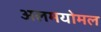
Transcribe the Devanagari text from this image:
अलमयोमल